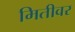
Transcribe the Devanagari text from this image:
मितीवर